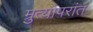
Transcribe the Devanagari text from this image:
म्रुत्योपरांत